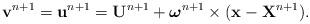
LaTeX: \begin{align*}\mathbf{v}^{n+1}=\mathbf{u}^{n+1} = \mathbf{U}^{n+1} + \boldsymbol\omega^{n+1} \times (\mathbf{x} - \mathbf{X}^{n+1}). \end{align*}